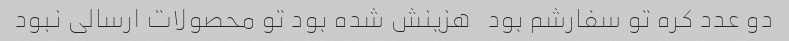
دو عدد کره تو سفارشم بود   هزینش شده بود تو محصولات ارسالی نبود